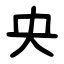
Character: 央